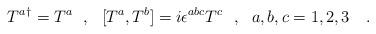
LaTeX: \begin{align*}{T^a}^\dagger=T^a\ \ ,\ \ [T^a,T^b]=i\epsilon^{abc}T^c\ \ ,\ \ a,b,c=1,2,3\ \ \ .\end{align*}